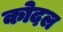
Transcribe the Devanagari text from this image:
कोदल